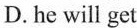
D. he will get